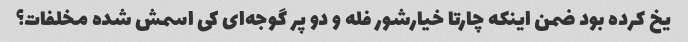
یخ کرده بود ضمن اینکه چارتا خیارشور فله و دو پر گوجه‌ای کی اسمش شده مخلفات؟